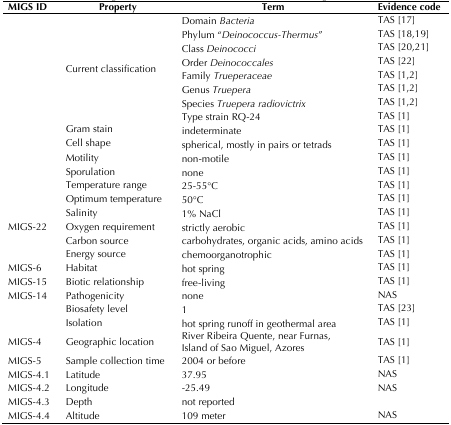
| MIGS ID | Property | Term | Evidence code |
 | --- | --- | --- | --- |
 | <ROWSPAN=8>  | <ROWSPAN=8> Current classification | Domain Bacteria | TAS [17] |
 | Phylum “Deinococcus-Thermus” | TAS [18,19] |
 | Class Deinococci | TAS [20,21] |
 | Order Deinococcales | TAS [22] |
 | Family Trueperaceae | TAS [1,2] |
 | Genus Truepera | TAS [1,2] |
 | Species Truepera radiovictrix | TAS [1,2] |
 | Type strain RQ-24 | TAS [1] |
 |  | Gram stain | indeterminate | TAS [1] |
 |  | Cell shape | spherical, mostly in pairs or tetrads | TAS [1] |
 |  | Motility | non-motile | TAS [1] |
 |  | Sporulation | none | TAS [1] |
 |  | Temperature range | 25-55°C | TAS [1] |
 |  | Optimum temperature | 50°C | TAS [1] |
 |  | Salinity | 1% NaCl | TAS [1] |
 | MIGS-22 | Oxygen requirement | strictly aerobic | TAS [1] |
 |  | Carbon source | carbohydrates, organic acids, amino acids | TAS [1] |
 |  | Energy source | chemoorganotrophic | TAS [1] |
 | MIGS-6 | Habitat | hot spring | TAS [1] |
 | MIGS-15 | Biotic relationship | free-living | TAS [1] |
 | MIGS-14 | Pathogenicity | none | NAS |
 |  | Biosafety level | 1 | TAS [23] |
 |  | Isolation | hot spring runoff in geothermal area | TAS [1] |
 | MIGS-4 | Geographic location | River Ribeira Quente, near Furnas,Island of Sao Miguel, Azores | TAS [1] |
 | MIGS-5 | Sample collection time | 2004 or before | TAS [1] |
 | MIGS-4.1 | Latitude | 37.95 | NAS |
 | MIGS-4.2 | Longitude | -25.49 | NAS |
 | MIGS-4.3 | Depth | not reported |  |
 | MIGS-4.4 | Altitude | 109 meter | NAS |